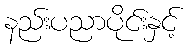
နည်းပညာပိုင်းနှင့်